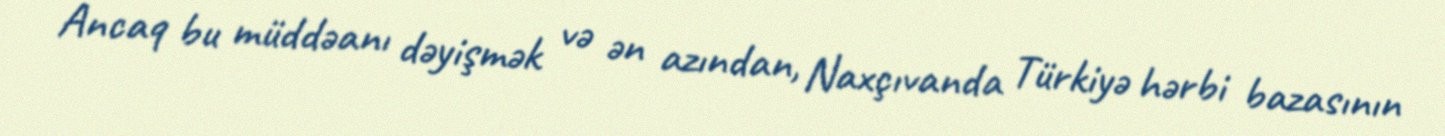
Ancaq bu müddəanı dəyişmək və ən azından, Naxçıvanda Türkiyə hərbi bazasının